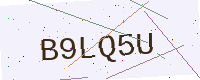
Text: B9LQ5U